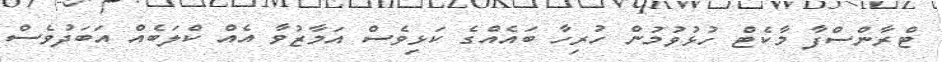
ޓްރާންސްފާ މާކެޓް ހުޅުވުމުން ހުރިހާ ބައެއްގެ ކަޅިވެސް އަމާޒުވާ އެއް ކްލަބެއް އަބަދުވެސް